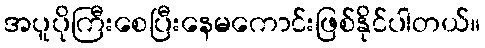
အပူပိုကြီးစေပြီးနေမကောင်းဖြစ်နိုင်ပါတယ်။